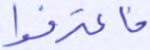
فاعترفوا